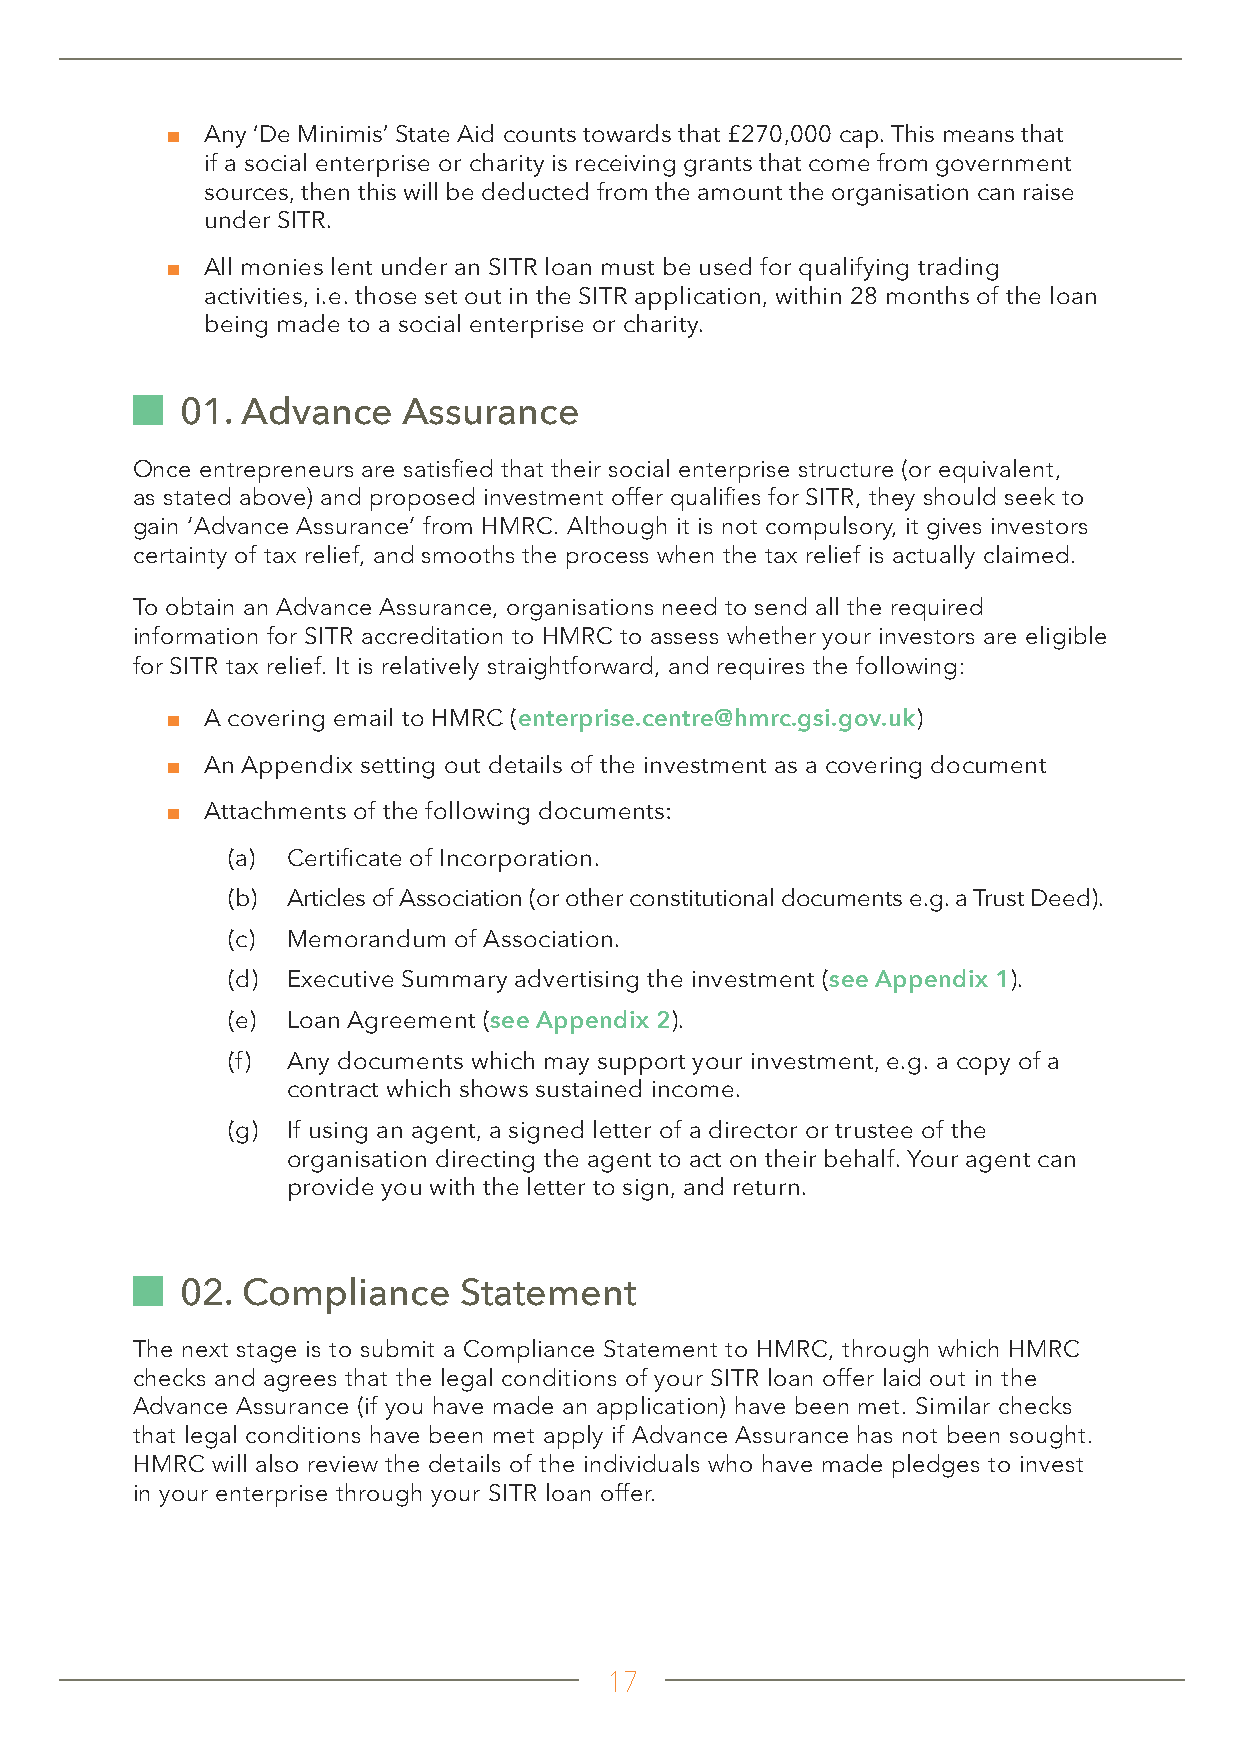
■ Any ‘De Minimis’ State Aid counts towards that £270,000 cap. This means that
 if a social enterprise or charity is receiving grants that come from government
 sources, then this will be deducted from the amount the organisation can raise
 under SITR.
 ■ All monies lent under an SITR loan must be used for qualifying trading
 activities, i.e. those set out in the SITR application, within 28 months of the loan
 being made to a social enterprise or charity.
 01. Advance    Assurance
 Once entrepreneurs are satisfied that their social enterprise structure (or equivalent,
 as stated above) and proposed investment offer qualifies for SITR, they should seek to
 gain ‘Advance Assurance’ from HMRC. Although it is not compulsory, it gives investors
 certainty of tax relief, and smooths the process when the tax relief is actually claimed.
 To obtain an Advance Assurance, organisations need to send all the required
 information for SITR accreditation to HMRC to assess whether your investors are eligible
 for SITR tax relief. It is relatively straightforward, and requires the following:
 ■ A covering email to HMRC (enterprise.centre@hmrc.gsi.gov.uk)
 ■ An Appendix setting out details of the investment as a covering document
 ■ Attachments of the following documents:
 (a) Certificate of Incorporation.
 (b) Articles of Association (or other constitutional documents e.g. a Trust Deed).
 (c) Memorandum of Association.
 (d) Executive Summary advertising the investment (see Appendix 1).
 (e) Loan Agreement (see Appendix 2).
 (f) Any documents which may support your investment, e.g. a copy of a
 contract which shows sustained income.
 (g) If using an agent, a signed letter of a director or trustee of the
 organisation directing the agent to act on their behalf. Your agent can
 provide you with the letter to sign, and return.
 02. Compliance    Statement
 The next stage is to submit a Compliance Statement to HMRC, through which HMRC
 checks and agrees that the legal conditions of your SITR loan offer laid out in the
 Advance Assurance (if you have made an application) have been met. Similar checks
 that legal conditions have been met apply if Advance Assurance has not been sought.
 HMRC will also review the details of the individuals who have made pledges to invest
 in your enterprise through your SITR loan offer.
 17